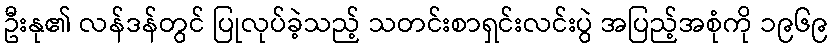
ဦးနု၏ လန်ဒန်တွင် ပြုလုပ်ခဲ့သည့် သတင်းစာရှင်းလင်းပွဲ အပြည့်အစုံကို ၁၉၆၉